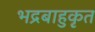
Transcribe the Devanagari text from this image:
भद्रबाहुकृत